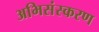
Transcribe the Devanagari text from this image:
अभिसंस्करण